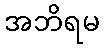
အဘိရမ